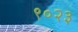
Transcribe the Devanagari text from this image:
९०२३